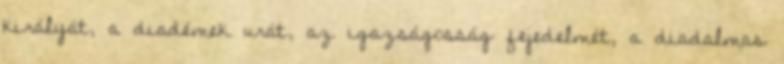
királyát, a diadémek urát, az igazságosság fejedelmét, a diadalmas